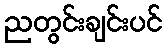
ညတွင်းချင်းပင်